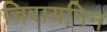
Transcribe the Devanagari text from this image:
चिरायनिन